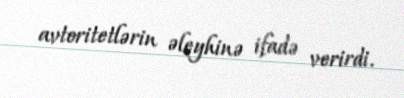
avtoritetlərin əleyhinə ifadə verirdi.